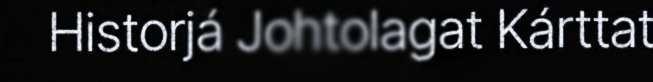
Historjá Johtolagat Kárttat